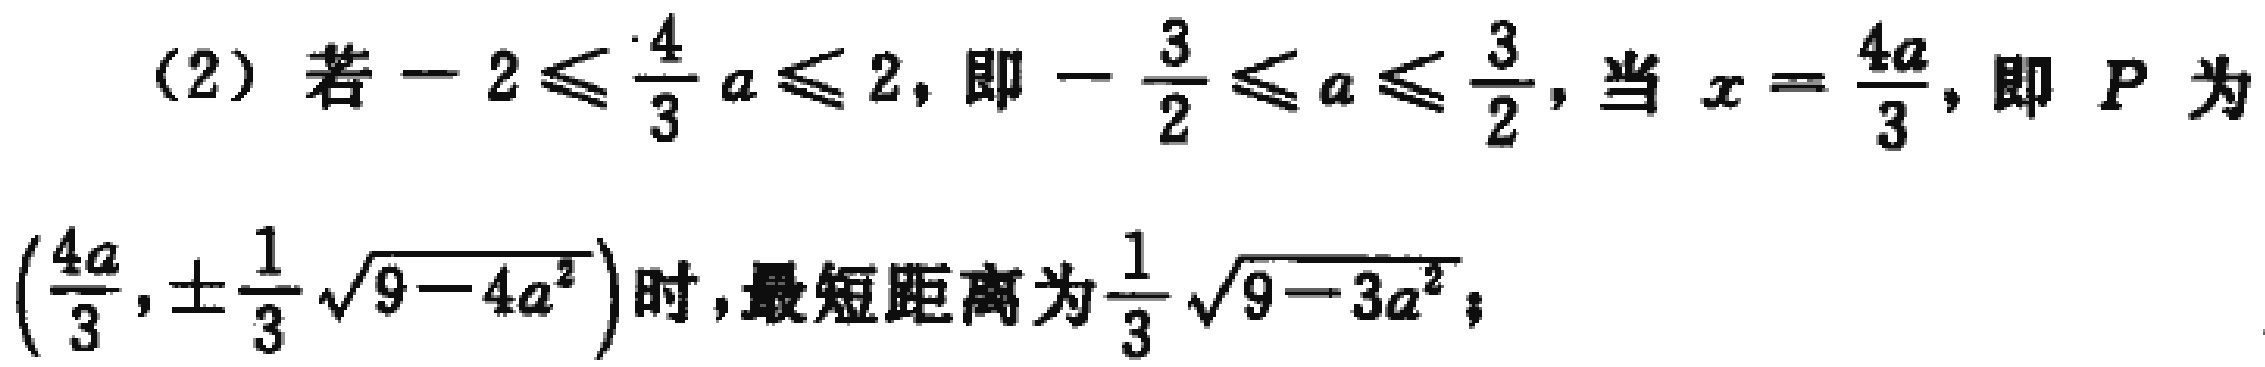
(2) 若\(-2\leqslant\frac{4}{3}a\leqslant 2\)，即\(-\frac{3}{2}\leqslant a\leqslant\frac{3}{2}\)，当\(x = \frac{4a}{3}\)，即 \(P\) 为\((\frac{4a}{3},\pm\frac{1}{3}\sqrt{9 - 4a^{2}})\)时，最短距离为\(\frac{1}{3}\sqrt{9 - 3a^{2}}\)；